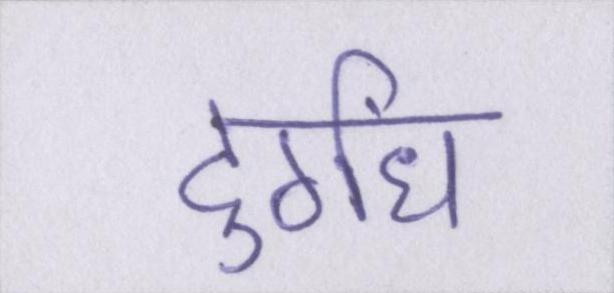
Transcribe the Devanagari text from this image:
दुर्गंध